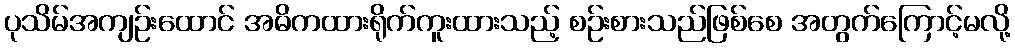
ပုသိမ်အကျဉ်းထောင် အဓိကထားရိုက်ကူးထားသည့် စဉ်းစားသည်ဖြစ်စေ အတွက်ကြောင့်မလို့